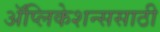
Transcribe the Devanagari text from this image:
ॲप्लिकेशन्ससाठी